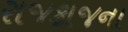
રાજકાજના